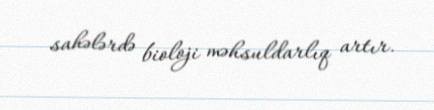
sahələrdə bioloji məhsuldarlıq artır.